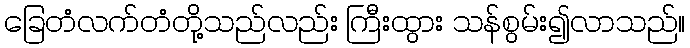
ခြေတံလက်တံတို့သည်လည်း ကြီးထွား သန်စွမ်း၍လာသည်။